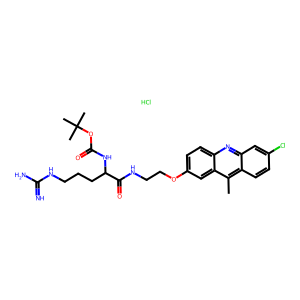
SMILES: Cc1c2ccc(Cl)cc2nc2ccc(OCCNC(=O)C(CCCNC(=N)N)NC(=O)OC(C)(C)C)cc12.Cl
Inhibits HIV replication: No